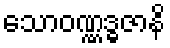
သောဝဏ္ဏဒ္ဓဇာနိ